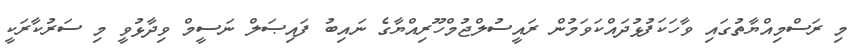
މި ރަސްމިއްޔާތުގައި ވާހަކަފުޅުދައްކަވަމުން ރައީސުލްޖުމްހޫރިއްޔާގެ ނައިބު ފައިޞަލް ނަސީމް ވިދާޅުވީ މި ސަރުކާރަކީ